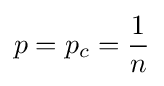
p=p_{c}={\frac {1}{n}}